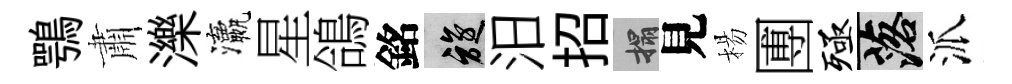
鶚肅濼瀛星鴿銘旋汨招搨見楊圑殛落派